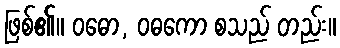
ဖြစ်၏။ ဝဓော, ဝဓကော စသည် တည်း။